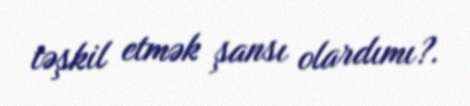
təşkil etmək şansı olardımı?.